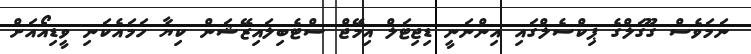
ނަމަވެސް ގޫގަލްގެ ޕިކްސެލްގައި އިންނަނީ ޑިޖިޓަލް އިމޭޖް ސްޓެބިލައިޒޭޝަން ކިޔާ ހަމައެކަނި ވީޑިއޯއަށް